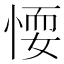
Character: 𢝶